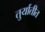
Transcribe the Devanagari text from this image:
तुर्यातीत